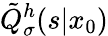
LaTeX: \tilde{Q}_{\sigma}^{h}(s|x_{0})